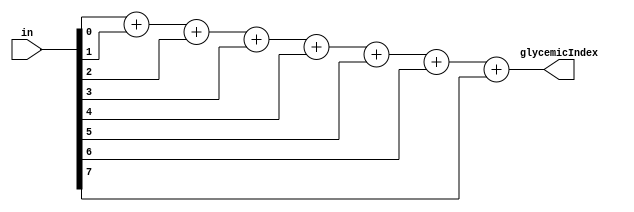
`timescale 1 ns/1 ns

module CountingOnes(
input [7:0] in,
output [3:0]glycemicIndex
    );
	 
	
 
 //https://stackoverflow.com/questions/46721548/in-verilog-counting-and-outputting-the-number-of-1s-in-an-8bit-input
 assign  glycemicIndex = in[0] +in[1] + in[2] + in[3] + in[4] + in[5] + in[6] + in[7];
 
 
 

endmodule